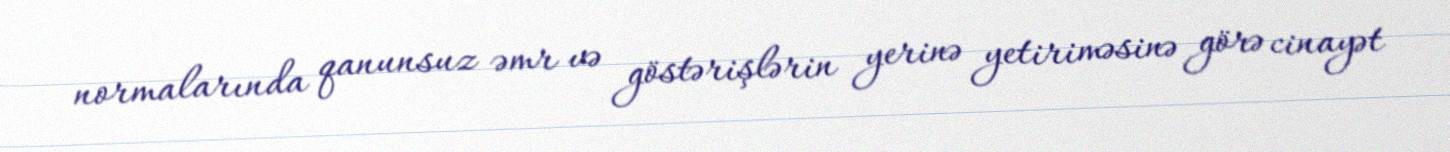
normalarında qanunsuz əmr və göstərişlərin yerinə yetiriməsinə görə cinayət